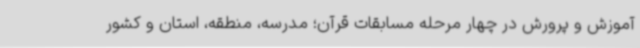
آموزش ‌و پرورش در چهار مرحله مسابقات قرآن؛ مدرسه، منطقه، استان و کشور